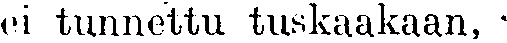
ei tunnettu tuskaakaan,